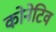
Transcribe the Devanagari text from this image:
कोनेटिव